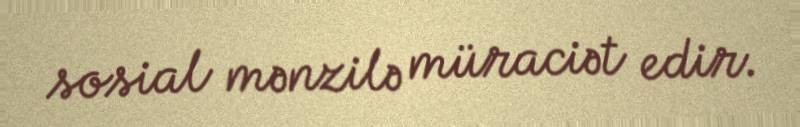
sosial mənzilə müraciət edir.